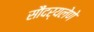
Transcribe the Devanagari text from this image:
सौंदर्यलेणे